Suure-Kopu_vallavalitsus, lk 75
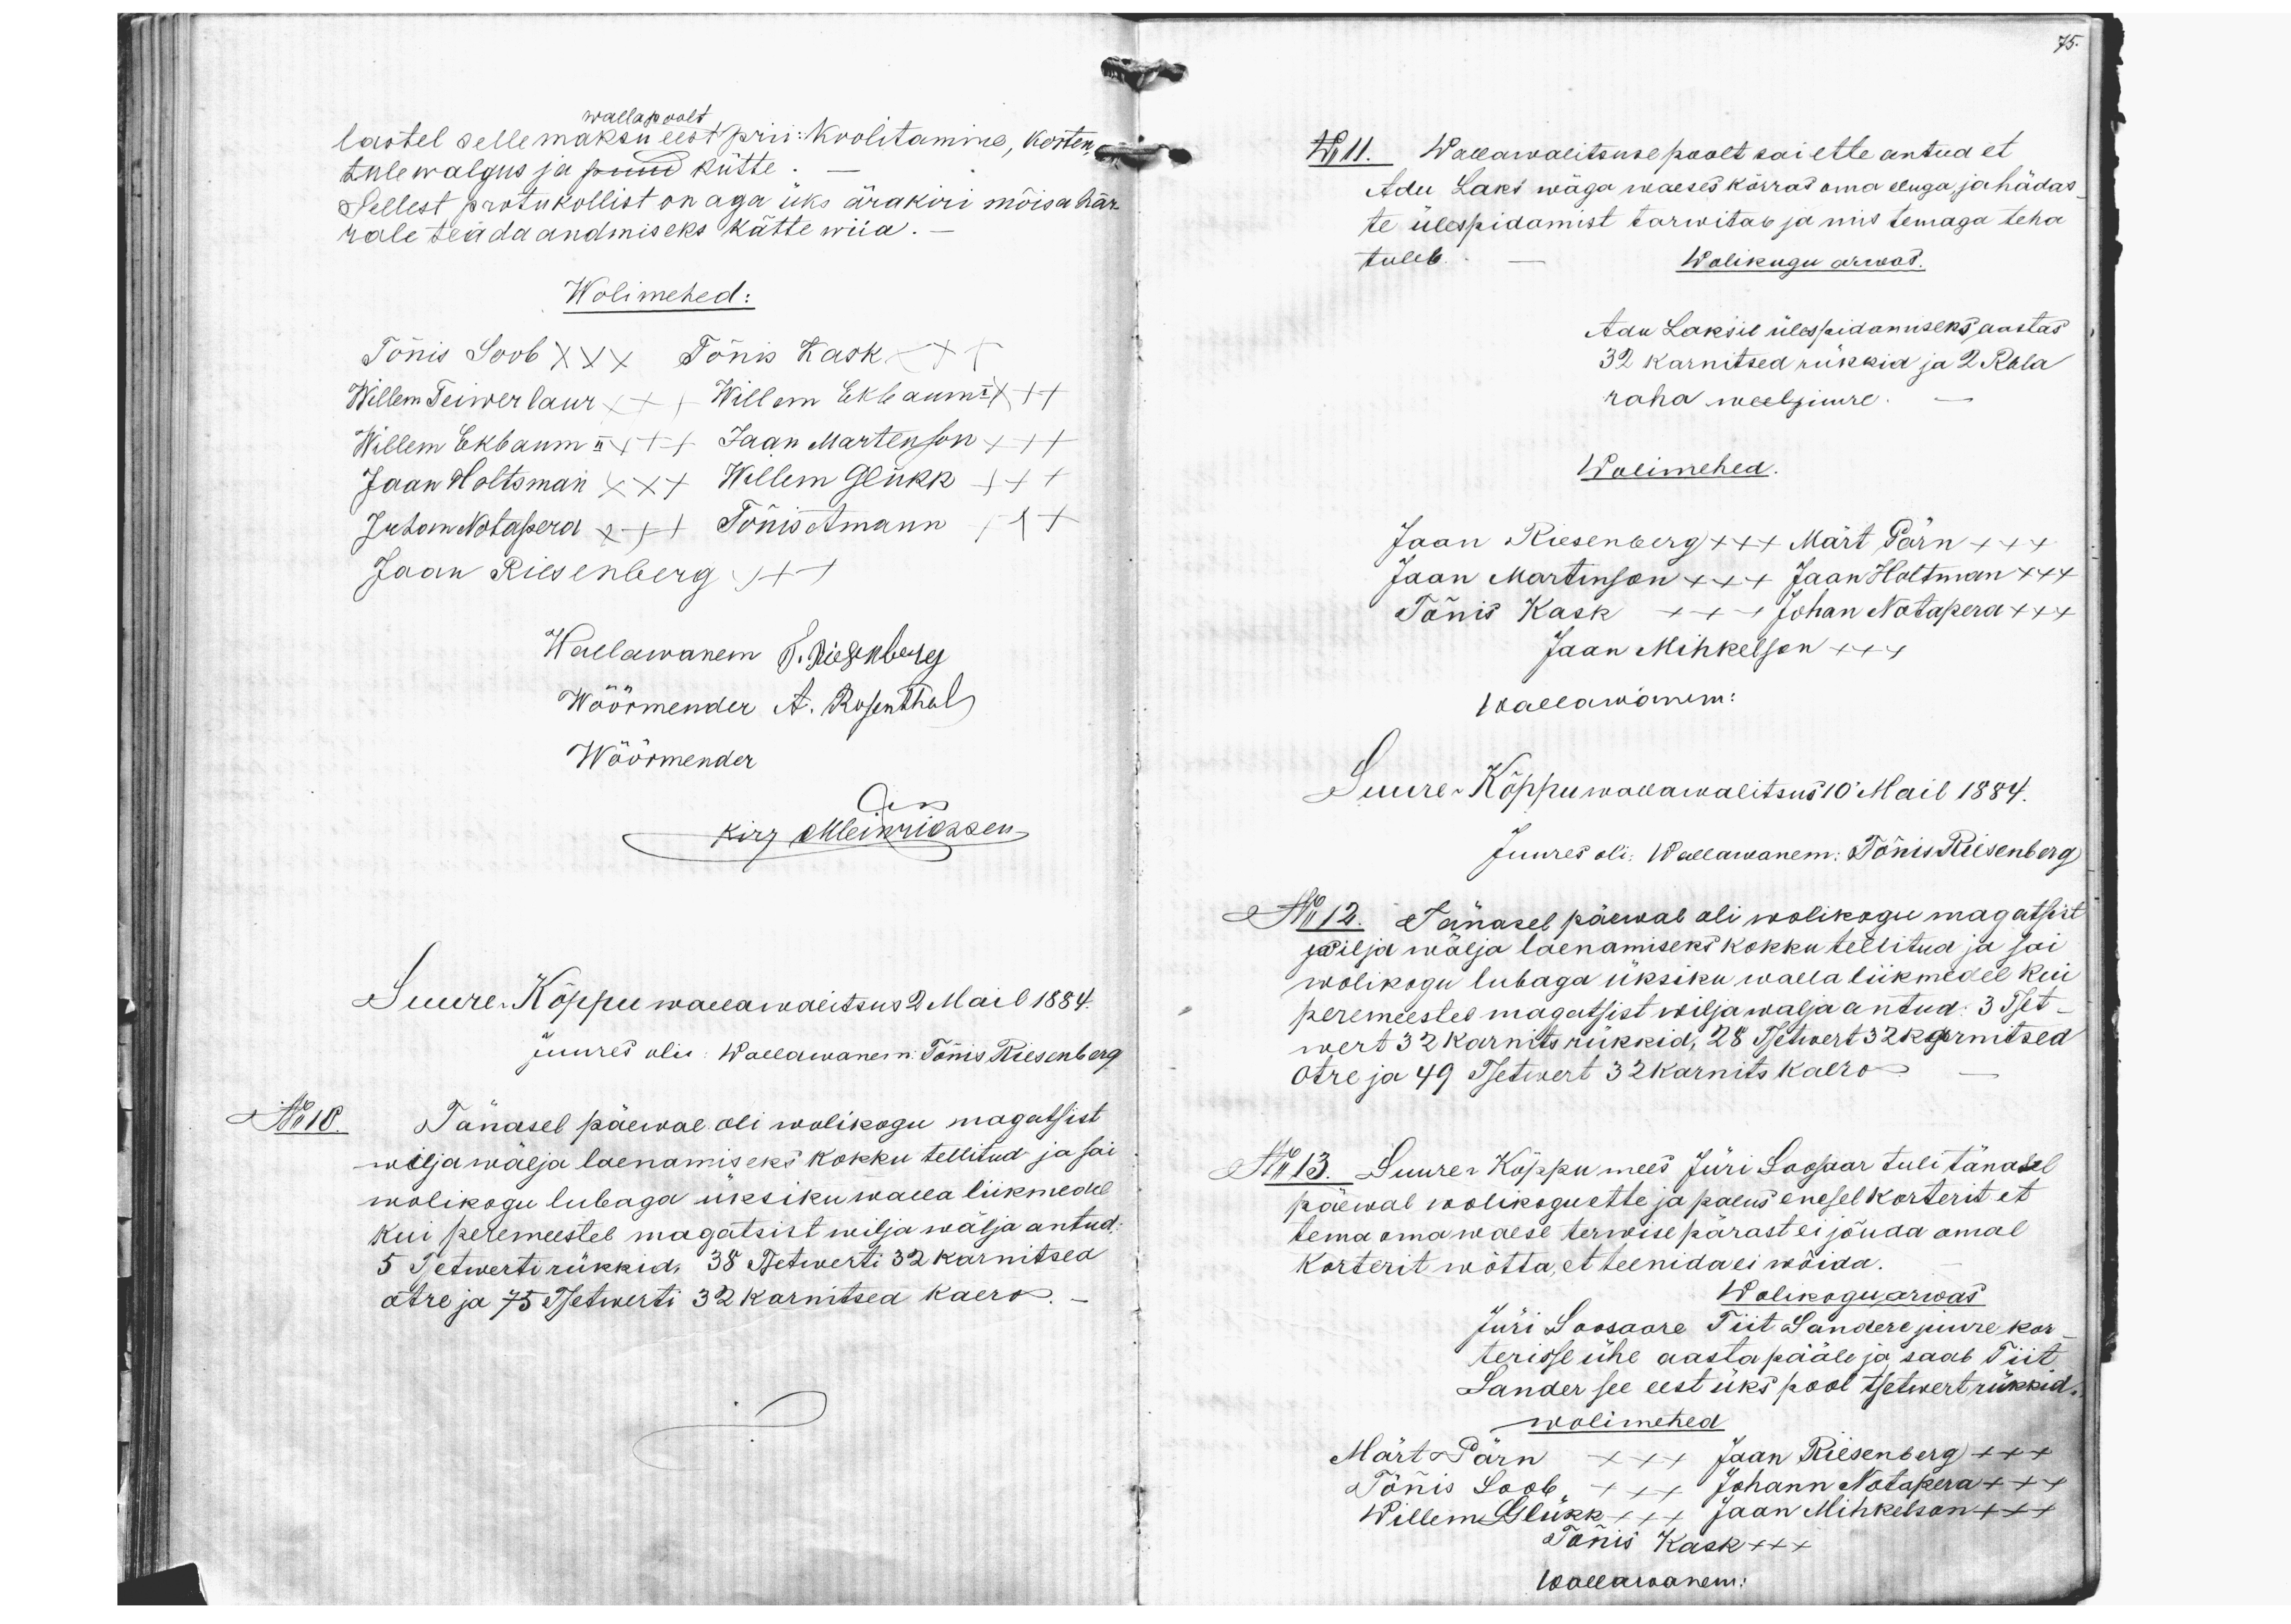
lastel selle maksu eest prii: koolitamine, korten
walla poolt
tule walgus ja puud kütte.
Sellest protukollist on aga üks ärakiri mõisahär-
rale teäda andmiseks kätte wiia.
Wolimehed:
Tõnis Soob XXX Tõnis Kask +++
Willem Teiwerlaur +++ Willem Ekbaum I +++
Willem Ekbaum II +++ Jaan Martenson +++
Jaan Holtsman XXX Willem Glükk +++
Juhan Notapera +++ Tõnis Amann +++
Jaan Riesenberg +++
Wallawanem T. Riesenberg
Wöörmender A. Rosenthal
Wöörmender
kirj okleinfossen
Suure-Kõppu wallawaitsus 2 Mail 1884.
juures oli: Wallawanem: Tõnis Riesenberg
No 10. Tänasel päewal oli wolikogu magatsist
wilja wälja laenamiseks kokku tellitud ja sai
wolikogu lubaga üksiku walla liikmedel
kui peremeestel magatsist wilja wälja antud.
5 Tsetwerti rükkid. 38 Tsetwerti 32 karnitsed
otre ja 75 Tsetwerti 32 karnitsed kaero.
75.
No 11. Wallawalitsuse poolt sai ette antud et
Adu Laks wäga waeses korras oma eluga ja hädas
te ülespidamist tarwitab ja mis temaga teha.
tuleb.
Wolikugu arwas.
Adu Laksil ülespidamiseks aastas
32 karnitsed rükkid ja 2 Rbla
raha weel juure.
Wolimehed
Jaan Riesenberg xxx Märt Pärn x++
Jaan Martinson xx+ Jaan Holtman xx+
Tõnis Kask +++ Johan Notapera x++
Jaan Mihkelson x++
Wallawanem:
Suure-Kõppu wallawalitsus 10 Mail 1884.
Juures oli. Wallawanem: Tõnis Riisenberg
No 12. Tänasel päewal oli wolikogu magatsist
wilja wälja laenamiseks kokku tellitud ja sai
wolikogu lubaga üksiku walla liikmedel kui
peremeestel magatsist wilja wälja antud: 3 Tset-
wert 32 karnits rükkid, 28 Tsetwert 32 karnitsed
otre ja 49 Tsetwert 32 karnits kaero.
No 13. Suure-Kõppu mees Jüri Soosaar tuli tänasel
päewal wolikogu ette ja palus enesel korterit et
tema oma waese terwise pärast ei jõuda omal
Korterit wõtta, et teenida ei wõida.
Wolikogu arwas
Jüri Soosaare Tiit Sandere juure kor-
terisse ühe aasta pääle ja saab Tiit
Sander see eest üks pool tsetwert rükkid,
wolimehed
Märt Pärn xxx Jaan Riesenberg +++
Tõnis Soob, xxx Johann Notapera +++
Willem Glükk xxx Jaan Mihkelson +x+
Tõnis Kask xxx
Wallawanem: